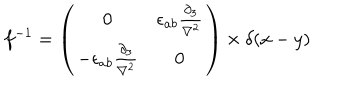
f ^ { - 1 } = \left( \begin{matrix} { { 0 } } & { { \epsilon _ { a b } \frac { \partial _ { 3 } } { \nabla ^ { 2 } } } } \\ { { - \epsilon _ { a b } \frac { \partial _ { 3 } } { \nabla ^ { 2 } } } } & { { 0 } } \\ \end{matrix} \right) \times \delta ( x - y )